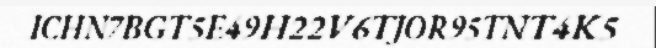
ICHN7BGT5E49H22V6TJOR95TNT4K5